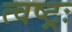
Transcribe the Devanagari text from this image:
त्वष्ट्रः